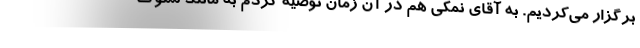
برگزار می‌کردیم. به آقای نمکی هم در آن زمان توصیه کردم به مانند سلوک